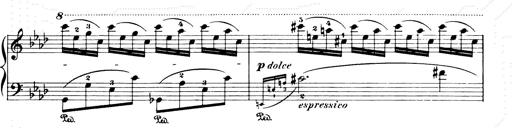
Title: Consolations and LiebestrÃ¤ume for the Piano
Composer: Franz Liszt